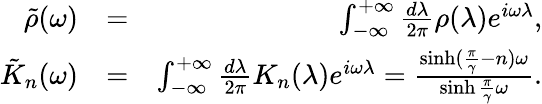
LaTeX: \begin{array}{rlr}{\tilde{\rho}(\omega)}&{=}&{\int_{-\infty}^{+\infty}\frac{d\lambda}{2\pi}\rho(\lambda)e^{i\omega\lambda},}\\ {\tilde{K}_{n}(\omega)}&{=}&{\int_{-\infty}^{+\infty}\frac{d\lambda}{2\pi}K_{n}(\lambda)e^{i\omega\lambda}=\frac{\sinh(\frac{\pi}{\gamma}-n)\omega}{\sinh\frac{\pi}{\gamma}\omega}.}\end{array}